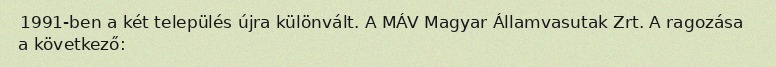
1991-ben a két település újra különvált. A MÁV Magyar Államvasutak Zrt. A ragozása a következő: